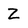
Character: Z